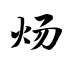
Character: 炀